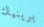
برينياك